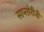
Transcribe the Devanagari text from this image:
सान्तोरीनी